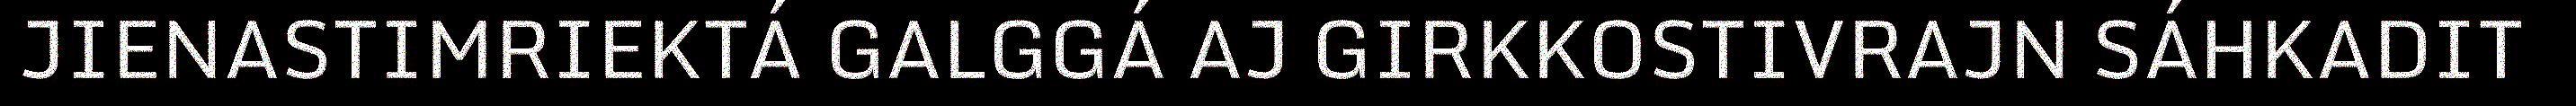
JIENASTIMRIEKTÁ GALGGÁ AJ GIRKKOSTIVRAJN SÁHKADIT